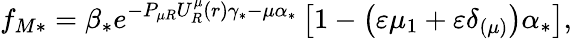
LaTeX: f_{M\ast}=\beta_{\ast}e^{-P_{\mu R}U_{R}^{\mu}\left(r\right)\gamma_{\ast}-\mu\alpha_{\ast}}\left[1-\left(\varepsilon\mu_{1}+\varepsilon\delta_{\left(\mu\right)}\right)\alpha_{\ast}\right],